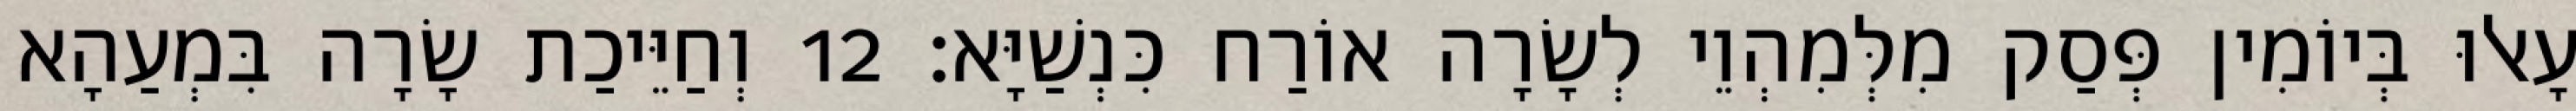
עָאלוּ בְּיוֹמִין פְּסַק מִלְּמִהְוֵי לְשָׂרָה אוֹרַח כִּנְשַׁיָּא׃ 12 וְחַיֵּיכַת שָׂרָה בִּמְעַהָא